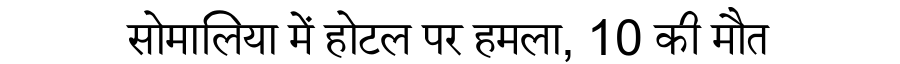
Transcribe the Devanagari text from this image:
सोमालिया में होटल पर हमला, 10 की मौत